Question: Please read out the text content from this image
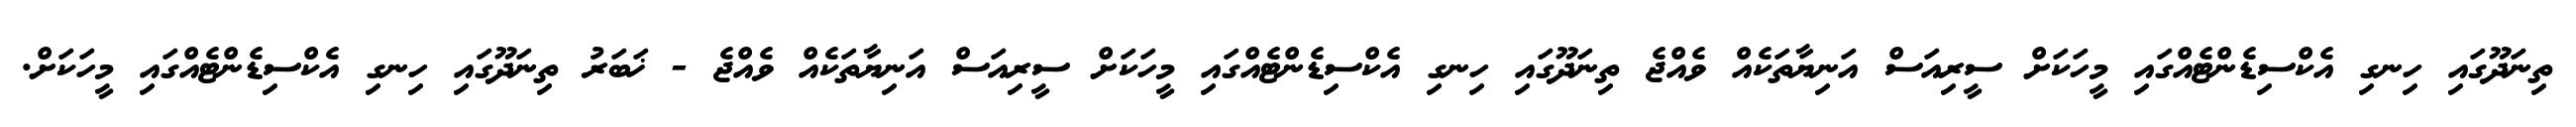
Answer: ތިނަދޫގައި ހިނގި އެކްސިޑެންޓެއްގައި މީހަކަށް ސީރިއަސް އަނިޔާތަކެއް ވެއްޖެ ތިނަދޫގައި ހިނގި އެކްސިޑެންޓެއްގައި މީހަކަށް ސީރިއަސް އަނިޔާތަކެއް ވެއްޖެ - ޚަބަރު ތިނަދޫގައި ހިނގި އެކްސިޑެންޓެއްގައި މީހަކަށް.